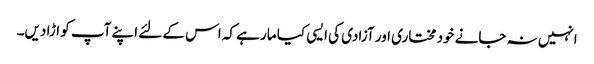
انہیں نہ جانے خود مختاری اور آزادی کی ایسی کیا مار ہے کہ اس کے لئے اپنے آپ کو اڑا دیں۔